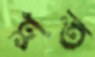
শত